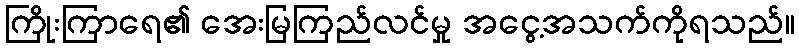
ကြိုးကြာရေ၏ အေးမြကြည်လင်မှု အငွေ့အသက်ကိုရသည်။